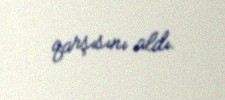
qarşısını aldı.